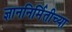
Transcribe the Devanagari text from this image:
ज्ञाननिर्मितीच्या